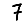
Digit: 7